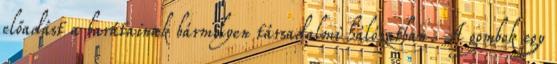
előadást a barátainak bármilyen társadalmi hálózatban. A gombok egy